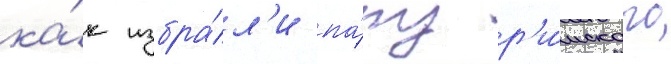
ка́к избра́л'и па́пу р'и́мского